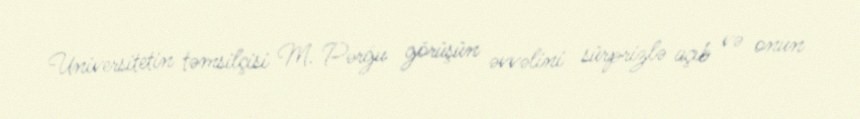
Universitetin təmsilçisi M. Pərğu görüşün əvvəlini sürprizlə açıb və onun